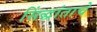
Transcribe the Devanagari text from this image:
सिंद्धांताचे